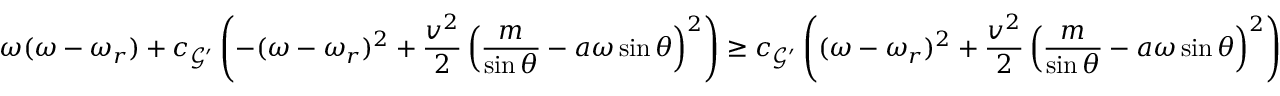
\omega ( \omega - \omega _ { r } ) + c _ { \mathcal { G } ^ { \prime } } \left( - ( \omega - \omega _ { r } ) ^ { 2 } + \frac { v ^ { 2 } } { 2 } \left( \frac { m } { \sin \theta } - a \omega \sin \theta \right) ^ { 2 } \right) \geq c _ { \mathcal { G } ^ { \prime } } \left( ( \omega - \omega _ { r } ) ^ { 2 } + \frac { v ^ { 2 } } { 2 } \left( \frac { m } { \sin \theta } - a \omega \sin \theta \right) ^ { 2 } \right)